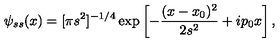
\psi _ { s s } ( x ) = [ \pi s ^ { 2 } ] ^ { - 1 / 4 } \exp \left[ - \frac { ( x - x _ { 0 } ) ^ { 2 } } { 2 s ^ { 2 } } + i p _ { 0 } x \right] ,